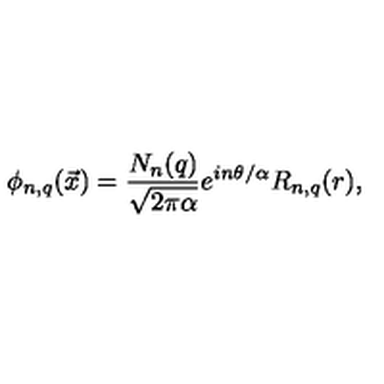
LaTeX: \phi _ { n , q } ( { \vec { x } } ) = { \frac { N _ { n } ( q ) } { \sqrt { 2 \pi \alpha } } } e ^ { i n \theta / \alpha } R _ { n , q } ( r ) ,